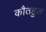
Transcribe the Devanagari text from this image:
कौतहुल